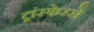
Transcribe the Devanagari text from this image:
ट्रांस्फेरसे